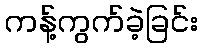
ကန့်ကွက်ခဲ့ခြင်း